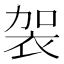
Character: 袈